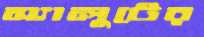
স্যালুটের